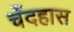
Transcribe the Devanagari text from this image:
चँदहास